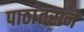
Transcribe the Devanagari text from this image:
पाठांतराने